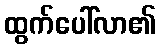
ထွက်ပေါ်လာ၏